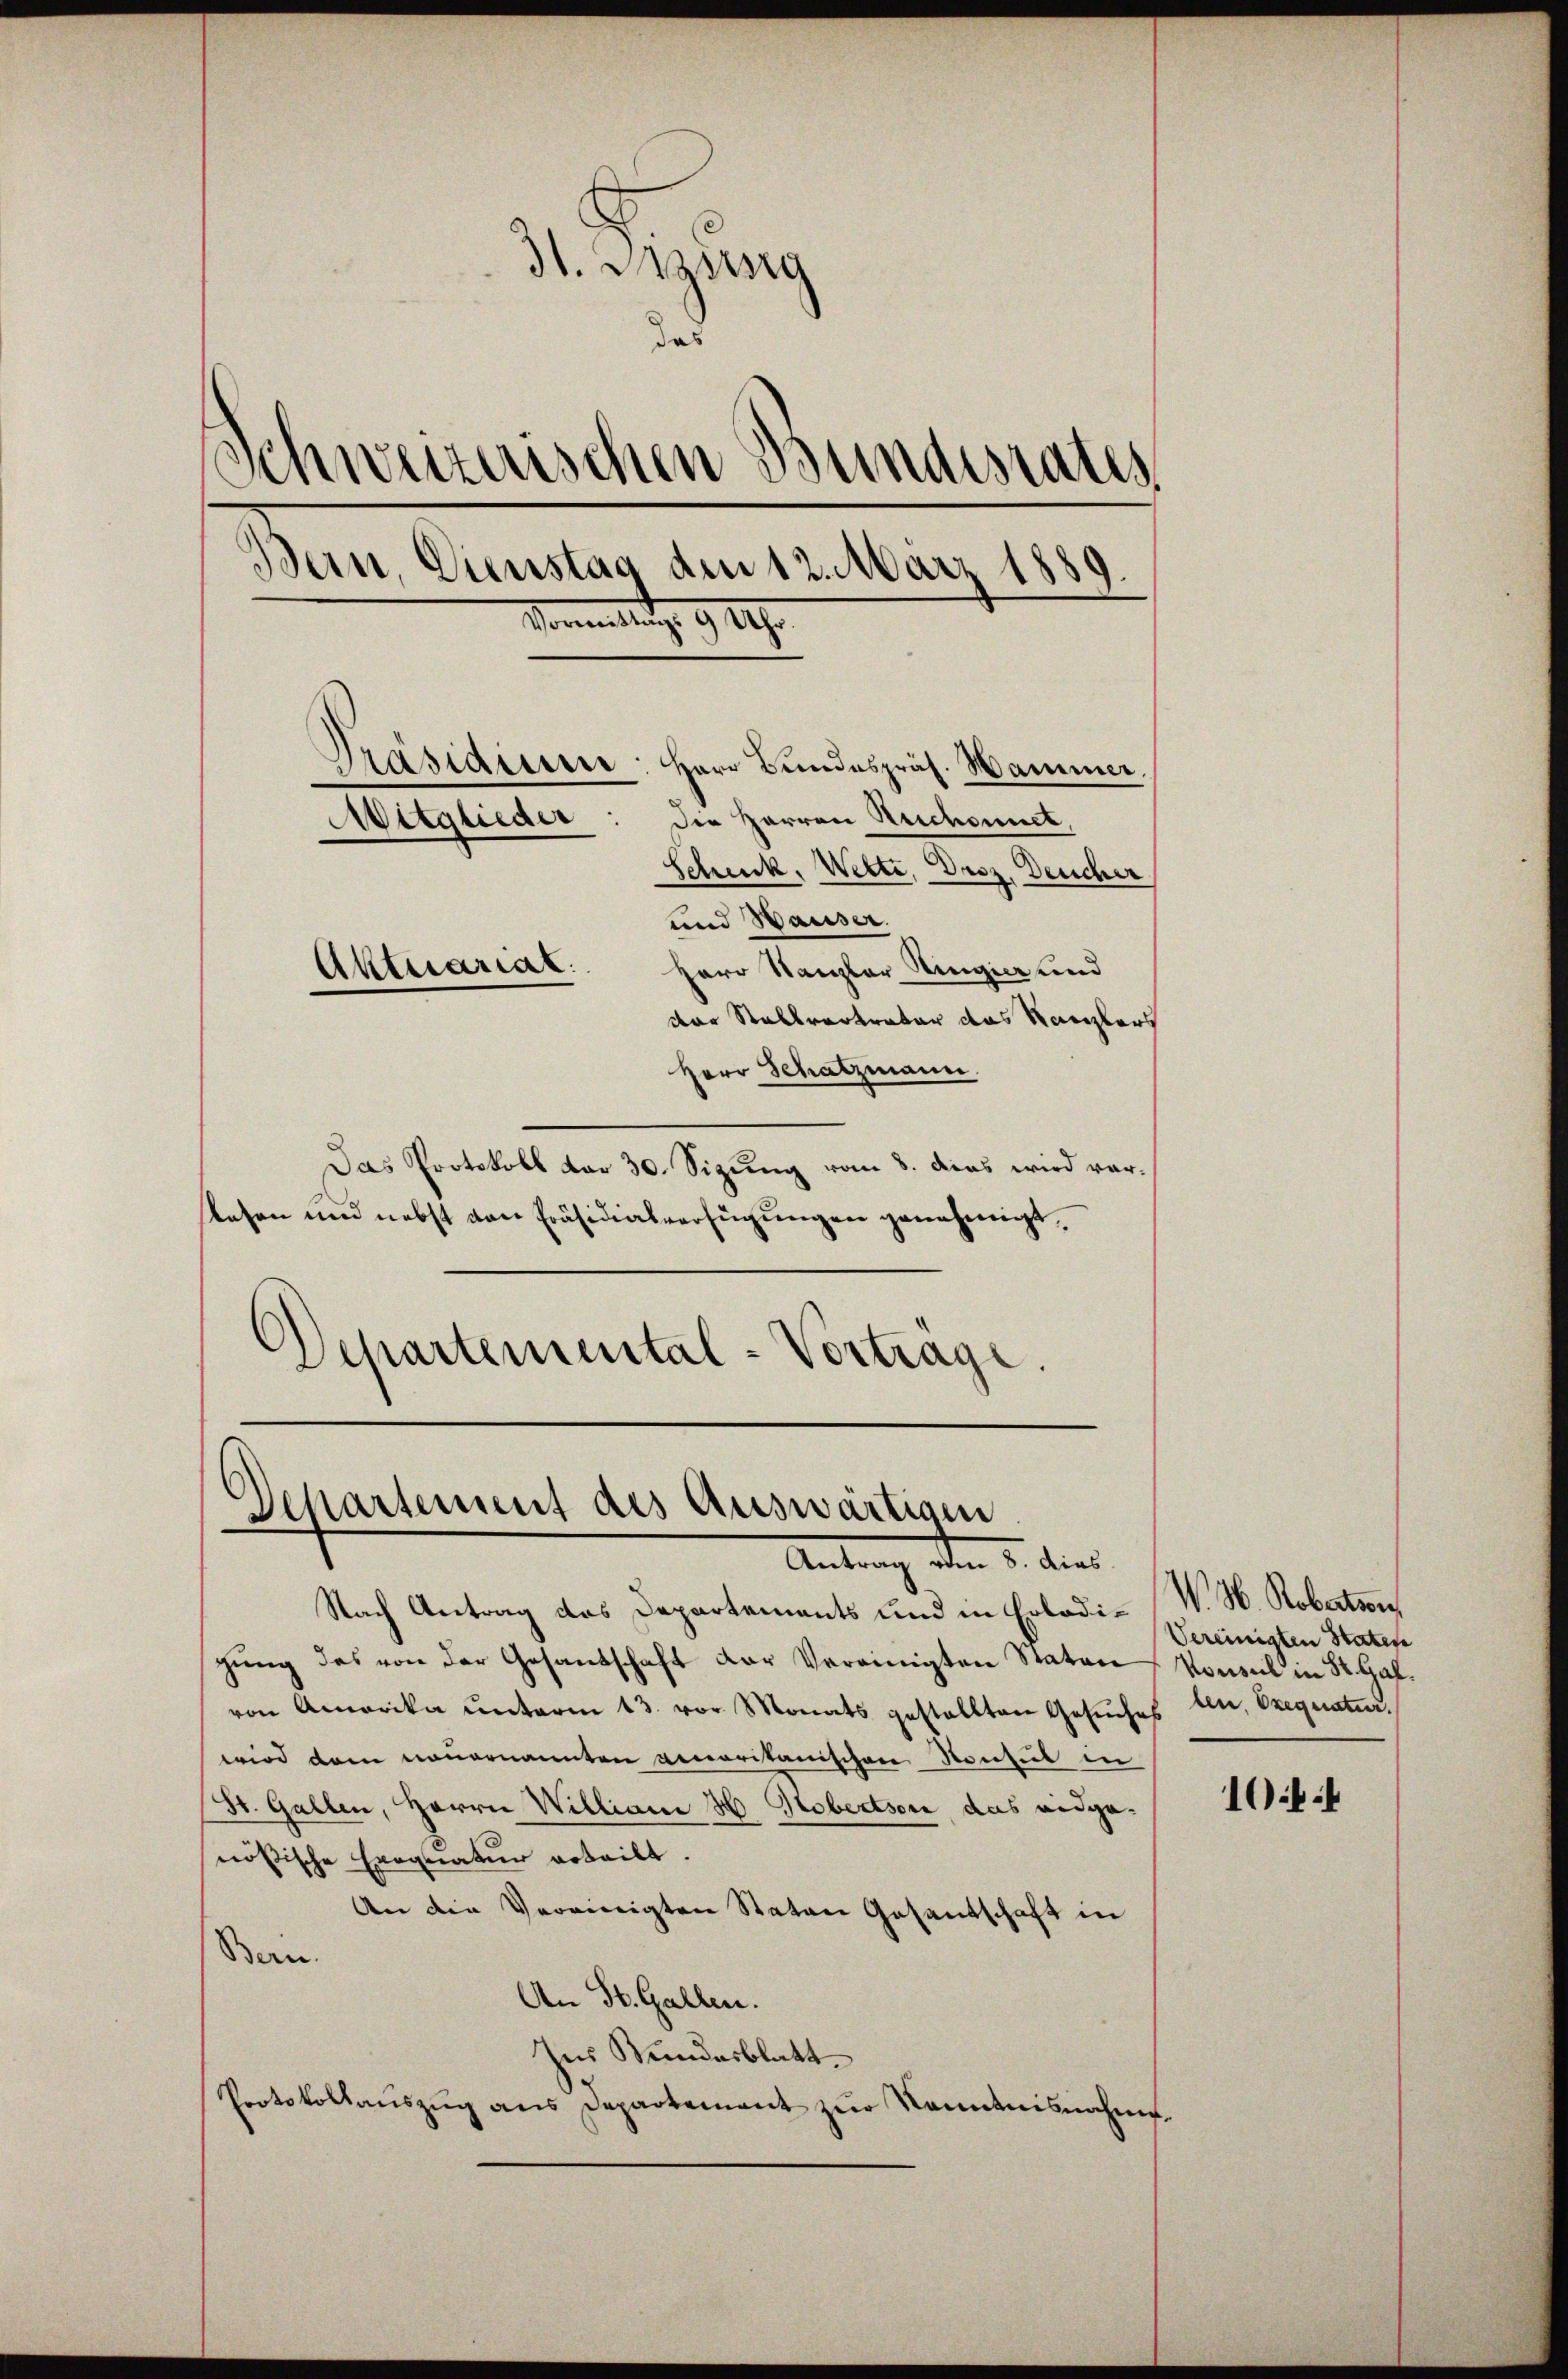
dt. Sitzung
d
Schweizerischen Bundesrates
Bern, Dienstag dem 12. März 1889.
Vonmittag. 9. 19.
Präsidiener: Herr Bundespräs. Hammer
die Herren Rechannet,
Mitglieder
Schenk, Wette, Droz, Deucher
und Hauser.
Herr Kanzler Ringier und
Aktuariat
der Stallvertreter das Kanzlers

Herr Schatzmann.
Das Protokoll dar 30. Sizŭng vom 8. das wird vorlesen und nebst von Präsidialverfügungen genehmigt.
d
Separtemental-Vortrage.

Departement des Auswärtigen
Antrag, den 5. dies

Nach Antrag das Departements und in Erledigŭng des von der Gesandschaft der Vereinigten Staten
von Amerika unterm 13. vor Monats gestellten Gesuches ten, Orequatur.
wird dem neuernannten genaritanischen Konsul in
St. Gallen, Herrn Williani H. Hobertson das eidgenößische Exequatur erteilt.
An die Vereinigten Staten Gesandschaft in
Bern.
An St. Gallen.
Ins Bundesblatt
Protokollaŭszŭg ans Departement zŭr Kenntnisnahme.

No. 3. Robertsor
Vereinigten Statene
Vonseil in St. Gal¬

104